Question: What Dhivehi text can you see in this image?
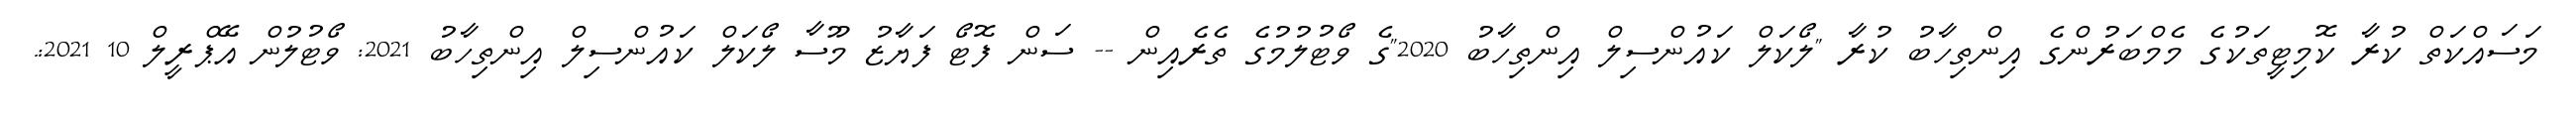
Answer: މަސައްކަތް ކުރާ ކޮމިޓީތަކުގެ މެމްބަރުންގެ އިންތިހާބު ކުރާ "ލޯކަލް ކައުންސިލް އިންތިހާބު 2020"ގެ ވޯޓުލުމުގެ ތެރެއިން -- ސަން ފޮޓޯ ފަޔާޒު މޫސާ ލޯކަލް ކައުންސިލް އިންތިހާބު 2021: ވޯޓުލުން އޭޕްރީލް 10 2021:.